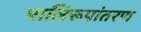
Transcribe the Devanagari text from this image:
पालिरूपांतरण